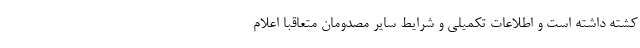
کشته داشته است و اطلاعات تکمیلی و شرایط سایر مصدومان متعاقبا اعلام